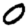
Digit: 0